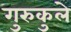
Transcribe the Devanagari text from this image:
गुरुकुले